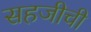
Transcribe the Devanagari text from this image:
सहजीची